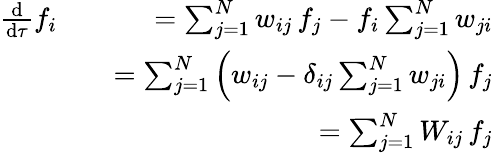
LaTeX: \begin{array}{rlr}{\frac{\mathrm{d}}{\mathrm{d}\tau}f_{i}}&{}&{=\sum_{j=1}^{N}w_{ij}\, f_{j}-f_{i}\sum_{j=1}^{N}w_{ji}}\\ &{}&{=\sum_{j=1}^{N}\left(w_{ij}-\delta_{ij}\sum_{j=1}^{N}w_{ji}\right)\, f_{j}}\\ &{}&{=\sum_{j=1}^{N}W_{ij}\, f_{j}}\end{array}